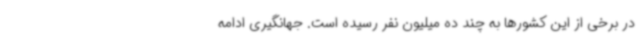
در برخی از این کشورها به چند ده میلیون نفر رسیده است. جهانگیری ادامه